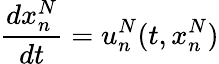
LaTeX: \frac{dx_{n}^{N}}{dt}=u_{n}^{N}(t,x_{n}^{N})